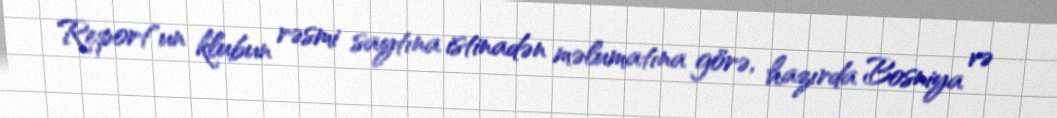
Report"un klubun rəsmi saytına istinadən məlumatına görə, hazırda Bosniya və